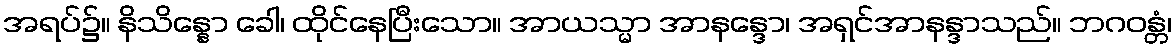
အရပ်၌။ နိသိန္နော ခေါ၊ ထိုင်နေပြီးသော။ အာယသ္မာ အာနန္ဒော၊ အရှင်အာနန္ဒာသည်။ ဘဂဝန္တံ၊